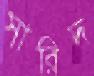
সারিদ